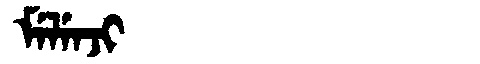
Manchu: ᠮᡝᠯᡝᠨᠵᡳ
Romanization: MELENJI